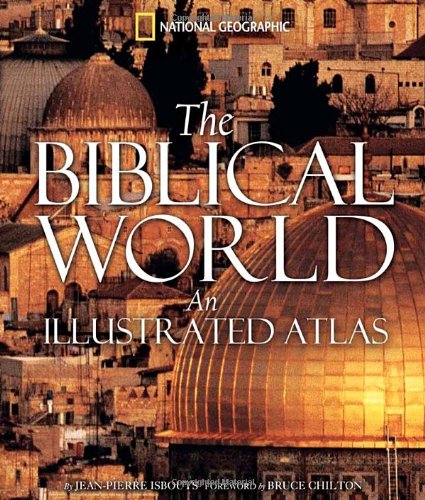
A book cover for The Biblical World: An Illustrated Atlas; Jean-Pierre Isbouts; Christian Books & Bibles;